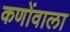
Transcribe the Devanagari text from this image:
कणोंवाला